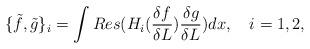
LaTeX: \begin{align*}\{ \tilde f,\tilde g\}_i=\int Res (H_i(\frac {\delta f}{\delta L})\frac{\delta g}{\delta L}) dx,\quad i=1,2,\end{align*}